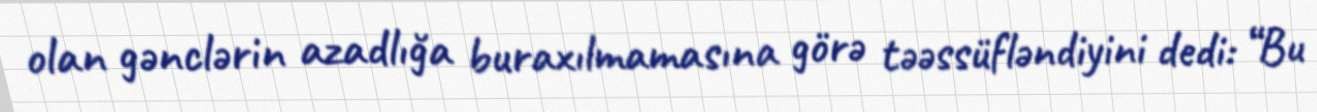
olan gənclərin azadlığa buraxılmamasına görə təəssüfləndiyini dedi: “Bu